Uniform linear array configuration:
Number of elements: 32
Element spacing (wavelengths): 1
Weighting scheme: uniform
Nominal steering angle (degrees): -15
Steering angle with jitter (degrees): -13.411
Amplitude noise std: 0.05
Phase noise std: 0.05

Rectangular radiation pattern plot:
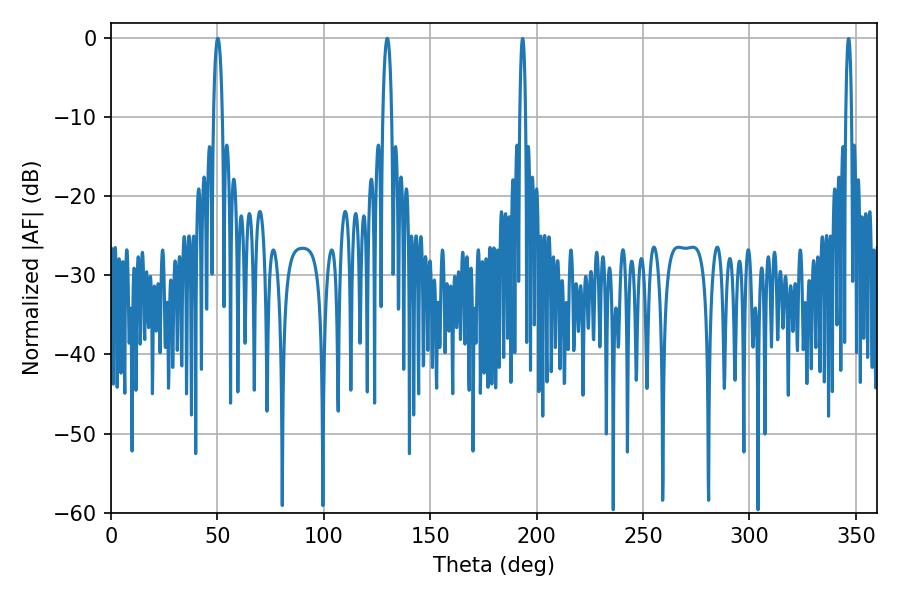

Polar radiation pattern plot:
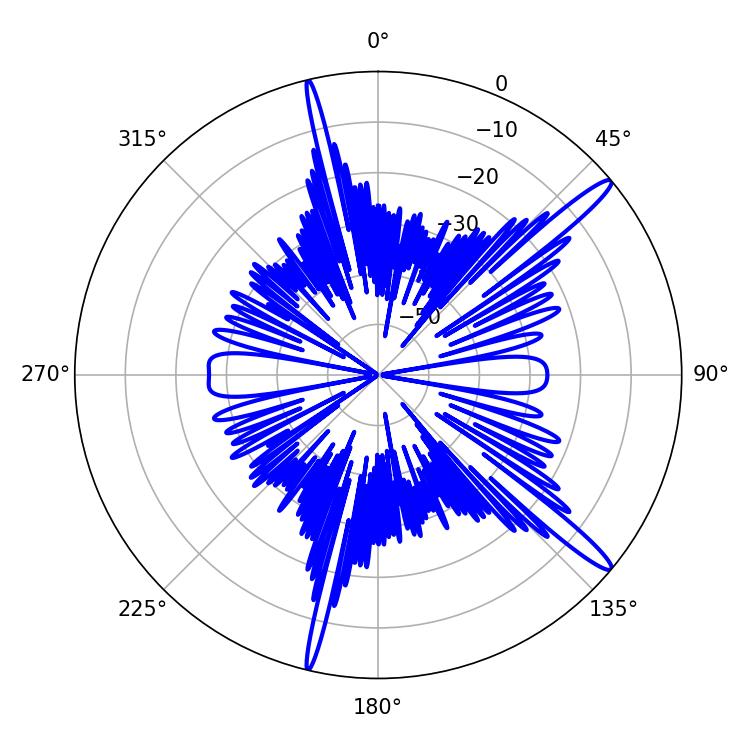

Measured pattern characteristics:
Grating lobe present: TRUE
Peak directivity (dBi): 15.283
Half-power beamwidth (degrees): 2.34
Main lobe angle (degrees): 129.78